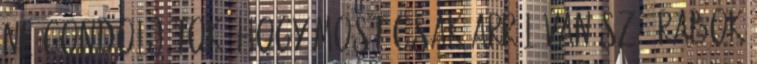
ne gondoljátok, hogy most csak arról van szó: rabok